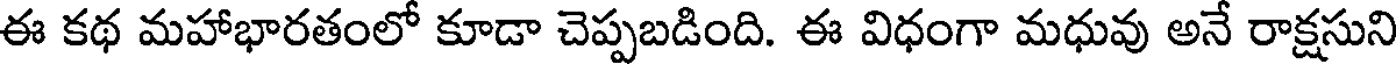
ఈ కథ మహాభారతంలో కూడా చెప్పబడింది. ఈ విధంగా మధువు అనే రాక్షసుని